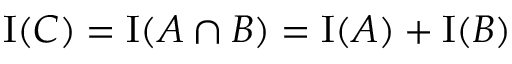
\operatorname { I } ( C ) = \operatorname { I } ( A \cap B ) = \operatorname { I } ( A ) + \operatorname { I } ( B )